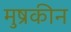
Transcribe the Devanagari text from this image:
मुष्रकीन